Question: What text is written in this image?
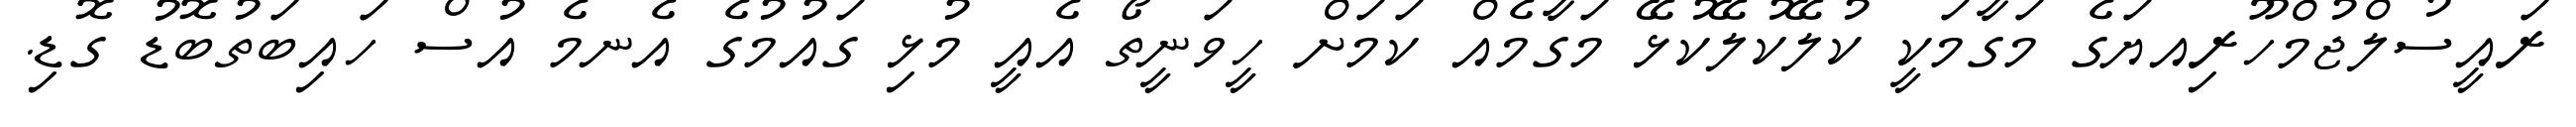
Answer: ރައީސުލްޖުމްހޫރިއޔަގެ މަގާމަކީ ކުލޭކުލޭކުޅޭ މަގާމެއް ކަމަށް ހީވަނީތޯ އެއީ މުޅި ގައުމުގެ އެނމެ އުސް ހައިބަތުބޮޑު ގޮޑި.